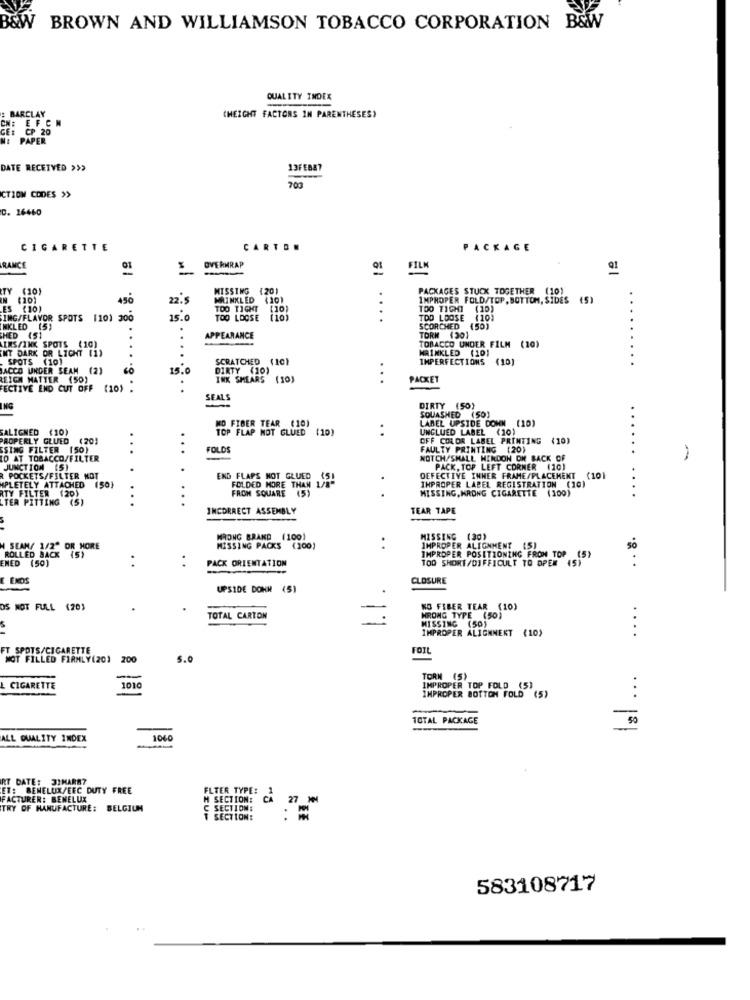
B&W BROWN AND WILLIAMSON TOBACCO CORPORATION B&WW
QUALITY INDEX
BARCLAY
(HEIGHT FACTORS IN PARENTHESES)
CN: EFCH
CE: CP 20
PAPER
DATE RECEIVED >>>
13FEB87
700
CTIOM CODES >>
D. 16460
CIGARETTE
CARTON
PACKAGE
RANCE
-
OVERMRAP
FILM
91
TY (10)
MISSING (201
PACKAGES STUCK TOGETHER (10)
N (10)
450
22.5
MAINKLED (201
IMPROPER FOLD/TOP, BOTTOM, SIDES (5)
ES (10)
TOO TIGHT (10)
..
TOO TIGHT (10)
ING/FLAVOR SPOTS 1101 30
15.0
TOO LOOSE
.
TDD LOOSE (10)
NKLED (5)
SCORCHED (50)
CHED (51
APPEARANCE
TORN (30)
INS/INK SPOTS (10)
ENT DARK OR LICHT (1)
TOBACCO UNDER FILM (10)
WRINKLED (10)
SPOTS (10)
SCRATCHED (10)
IMPERFECTIONS (10)
JACCO UNDER SEAM (2)
15.0
DIRTY (10)
REIGN MATTER (50)
INK SMEARS
(10)
. .
PACKET
FECTIVE END CUT OFF (10) .
SEAL
ING
DIRTY (50)
SQUASHED (50)
SALIGNED
(10)
MO FIBER TEAR (10)
FLAP MOT GLUED (10)
UNGLUED LABEL (10)
SIDE
PROPERLY GLUED (20)
OFF COLOR LABEL PRINTING (10)
ESING FILTER (50)
. .
...
FOLDS
FAULTY PRINTING (20)
LO AT TOBACCO/FILTER
NOTCH/SMALL HENDON DH BACK OF
JUNCTION (5)
PACK, TOP LEFT CORNER (10)
R POCKETS/FILTER NOT
END FLAPS NOT GLUED
FOLDED MORE THAN
DEFECTIVE INHER FRAME/PLACEMENT
(101
"PLETELY ATTACHED (50)
RTY FILTER (20)
..
FROM SQUARE (5)
IMPROPER LABEL REGISTRATION (10)
CTER PITTING (S)
MISSING, WRONG CIGARETTE (100)
INCORRECT ASSEMBLY
TEAR TAPE
WRONG BRAND (100)
MISSING (30)
( SEAN/ 1/2" OR MORE
MISSING PACKS (100)
IMPROPER ALIGNMENT (5)
IMPROPER POSITIONING FROM TOP (5)
SO
ROLLED BACK (5)
..
PACK ORIENTATION
TOO SHORT/DIFFICULT TO OPER (5)
(5)
ENED (50)
E ENDS
CLOSURE
UPSIDE DOWN (5)
OS NOT FULL (201
NO FIBER TEAR (10)
TOTAL CARTON
WRONG TYPE (50)
MISSING (50)
IMPROPER ALIGNNEKT (10)
...
FT SPOTS/CIGARETTE
FOIL
MOT FILLED FIRMLY(20)
200
5.0
1010
TORN (5)
L CIGARETTE
IMPROPER TOP FOLD (5)
IMPROPER BOTTOM FOLD (5)
-
TOTAL PACKAGE
ALL QUALITY INDEX
1060
RT DATE: 31MARRY
ET: BENELUX/EEC DUTY FREE
FLTER TYPE: 1
FACTURER: BENELUX
M SECTION:
CA
27 MM
TRY OF MANUFACTURE: BELGIUM
C SECTION:
T SECTION:
: =
583108717